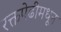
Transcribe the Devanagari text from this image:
रक्तपेढीमधून